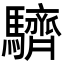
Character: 䮺